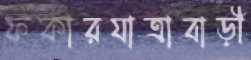
ফকারযাত্রাবাড়ী